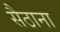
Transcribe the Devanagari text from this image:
सैठाना